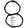
Digit: 8